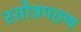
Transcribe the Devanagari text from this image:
स्तोत्रपठण